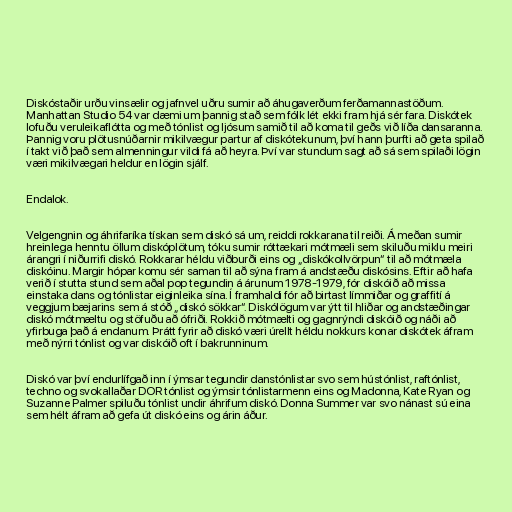
Diskóstaðir urðu vinsælir og jafnvel uðru sumir að áhugaverðum ferðamannastöðum.
Manhattan Studio 54 var dæmi um þannig stað sem fólk lét ekki fram hjá sér fara. Diskótek
lofuðu veruleikaflótta og með tónlist og ljósum samið til að koma til geðs við líða dansaranna.
Þannig voru plötusnúðarnir mikilvægur partur af diskótekunum, því hann þurfti að geta spilað
í takt við það sem almenningur vildi fá að heyra. Því var stundum sagt að sá sem spilaði lögin
væri mikilvægari heldur en lögin sjálf.

Endalok.

Velgengnin og áhrifaríka tískan sem diskó sá um, reiddi rokkarana til reiði. Á meðan sumir
hreinlega henntu öllum diskóplötum, tóku sumir róttækari mótmæli sem skiluðu miklu meiri
árangri í niðurrifi diskó. Rokkarar héldu viðburði eins og „diskókollvörpun“ til að mótmæla
diskóinu. Margir hópar komu sér saman til að sýna fram á andstæðu diskósins. Eftir að hafa
verið í stutta stund sem aðal pop tegundin á árunum 1978-1979, fór diskóið að missa
einstaka dans og tónlistar eiginleika sína. Í framhaldi fór að birtast límmiðar og graffití á
veggjum bæjarins sem á stóð „diskó sökkar“. Diskólögum var ýtt til hliðar og andstæðingar
diskó mótmæltu og stöfuðu að ófriði. Rokkið mótmælti og gagnrýndi diskóið og náði að
yfirbuga það á endanum. Þrátt fyrir að diskó væri úrellt héldu nokkurs konar diskótek áfram
með nýrri tónlist og var diskóið oft í bakrunninum.

Diskó var því endurlífgað inn í ýmsar tegundir danstónlistar svo sem hústónlist, raftónlist,
techno og svokallaðar DOR tónlist og ýmsir tónlistarmenn eins og Madonna, Kate Ryan og
Suzanne Palmer spiluðu tónlist undir áhrifum diskó. Donna Summer var svo nánast sú eina
sem hélt áfram að gefa út diskó eins og árin áður.